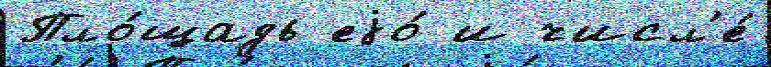
Пло́щадь еjо́ и числ'е́